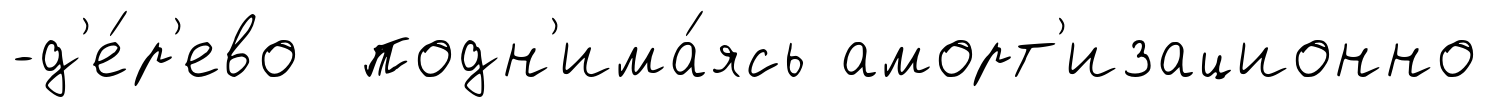
-д'е́р'ево подн'има́ясь аморт'изационно